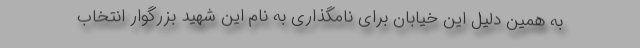
به همین دلیل این خیابان برای نامگذاری به نام این شهید بزرگوار انتخاب